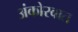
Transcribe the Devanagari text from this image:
अंकोरवात